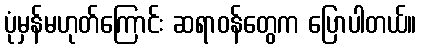
ပုံမှန်မဟုတ်ကြောင်း ဆရာဝန်တွေက ပြောပါတယ်။